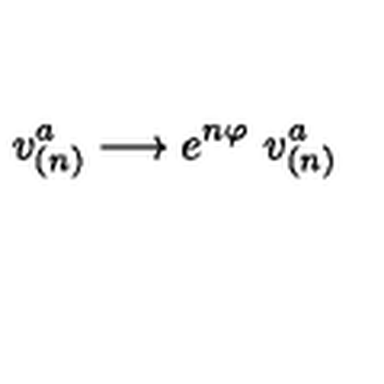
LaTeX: v _ { ( n ) } ^ { a } \longrightarrow e ^ { n \varphi } \ v _ { ( n ) } ^ { a }